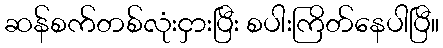
ဆန်စက်တစ်လုံးငှားပြီး စပါးကြိတ်နေပါပြီ။